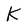
Character: K